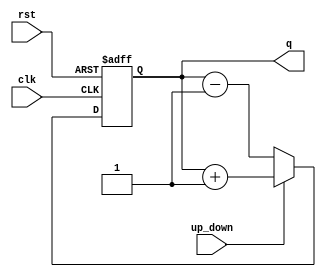
module up_down(q,up_down,clk,rst);
  input up_down,clk,rst;
  output reg [3:0]q;
  always @(posedge clk,posedge rst)
  begin
    if(rst) q<=4'b1011;
    else if(up_down) q<=q+1;
    else q<=q-1;
  end
endmodule

module up_down_tb;
  reg up_down,clk,rst;
  wire [3:0]q;
  up_down C3(q,up_down,clk,rst);
  
  always
  #5 clk=~clk;
  
  initial
  begin
    rst=1;clk=0;up_down=1;#10;
    
    rst=0;#50;
    up_down=0;
    #200;
    $stop;
  end
endmodule